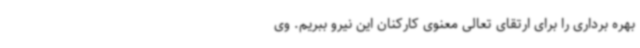
بهره برداری را برای ارتقای تعالی معنوی کارکنان این نیرو ببریم. وی